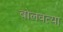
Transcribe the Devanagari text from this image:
बोलवत्या